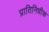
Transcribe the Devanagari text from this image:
प्रातिनिधीक